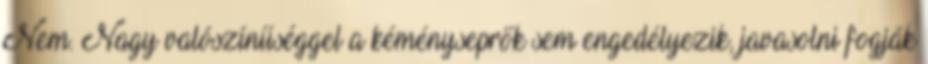
Nem. Nagy valószínűséggel a kéményseprők sem engedélyezik, javasolni fogják